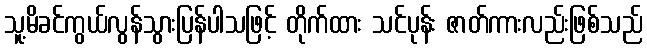
သူ့မိခင်ကွယ်လွန်သွားပြန်ပါသဖြင့် တိုက်ထား သင်ပုန်း ဇာတ်ကားလည်းဖြစ်သည်